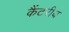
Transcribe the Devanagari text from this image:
कैंटरीय